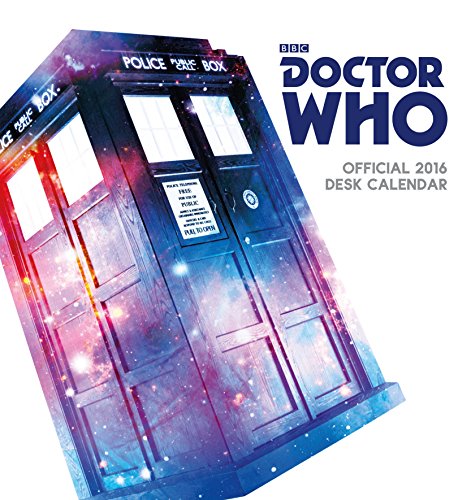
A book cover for The Official Doctor Who 2016 Desk Easel Calendar; Calendars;